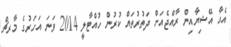
އެއާ އޭޝިޔާއިން ރާއްޖެއަށް ދަތުރުތައް ކުރުން ހުއްޓާލީ 2014 ވަނަ އަހަރުގެ މާރޗް